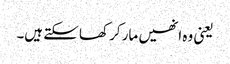
یعنی وہ انھیں مار کر کھا سکتے ہیں۔